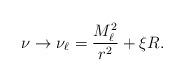
LaTeX: \begin{align*}\nu \rightarrow \nu _{\ell }=\frac{M_{\ell }^{2}}{r^{2}}+\xi R.\end{align*}